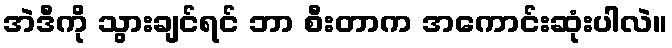
အဲဒီကို သွားချင်ရင် ဘာ စီးတာက အကောင်းဆုံးပါလဲ။